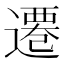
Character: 遷